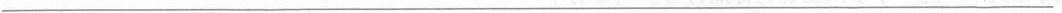
___